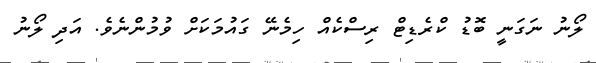
ލޯނު ނަގަނީ ބޮޑު ކްރެޑިޓް ރިސްކެއް ހިމެނޭ ގައުމަކަށް ވުމުންނެވެ. އަދި ލޯނު